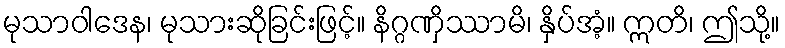
မုသာဝါဒေန၊ မုသားဆိုခြင်းဖြင့်။ နိဂ္ဂဏှိဿာမိ၊ နှိပ်အံ့။ ဣတိ၊ ဤသို့။